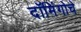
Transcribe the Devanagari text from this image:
दॉमिंगोचे